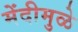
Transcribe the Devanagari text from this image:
मेंदीमुळे